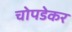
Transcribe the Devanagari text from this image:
चोपडेकर